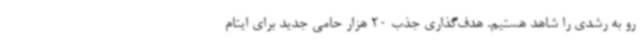
رو به رشدی را شاهد هستیم. هدف‌گذاری جذب 20 هزار حامی جدید برای ایتام